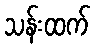
သန်းထက်